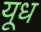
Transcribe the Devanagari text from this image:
यूध